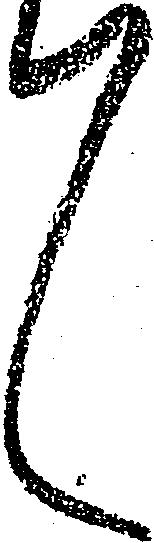
々